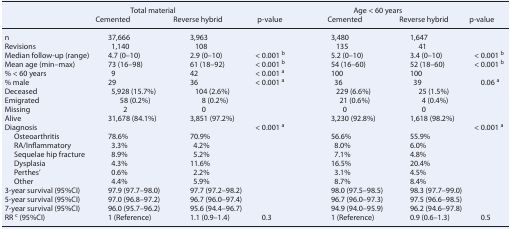
<table><thead><tr><td></td><td colspan="3"><b>Total material</b></td><td colspan="3"><b>Age &lt; 60 years</b></td></tr><tr><td></td><td><b>Cemented</b></td><td><b>Reverse hybrid</b></td><td><b>p-value</b></td><td><b>Cemented</b></td><td><b>Reverse hybrid</b></td><td><b>p-value</b></td></tr></thead><tbody><tr><td>n</td><td>37,666</td><td>3,963</td><td></td><td>3,480</td><td>1,647</td><td></td></tr><tr><td>Revisions</td><td>1,140</td><td>108</td><td></td><td>135</td><td>41</td><td></td></tr><tr><td>Median follow-up (range)</td><td>4.7 (0–10)</td><td>2.9 (0–10)</td><td>&lt; 0.001 <b><sup>b</sup></b></td><td>5.2 (0–10)</td><td>3.4 (0–10)</td><td>&lt; 0.001 <b><sup>b</sup></b></td></tr><tr><td>Mean age (min–max)</td><td>73 (16–98)</td><td>61 (18–92)</td><td>&lt; 0.001 <b><sup>b</sup></b></td><td>54 (16–60)</td><td>52 (18–60)</td><td>&lt; 0.001 <b><sup>b</sup></b></td></tr><tr><td>% &lt; 60 years</td><td>9</td><td>42</td><td>&lt; 0.001 <b><sup>a</sup></b></td><td>100</td><td>100</td><td></td></tr><tr><td>% male</td><td>29</td><td>36</td><td>&lt; 0.001 <b><sup>a</sup></b></td><td>36</td><td>39</td><td>0.06 <b><sup>a</sup></b></td></tr><tr><td>Deceased</td><td>5,928 (15.7%)</td><td>104 (2.6%)</td><td></td><td>229 (6.6%)</td><td>25 (1.5%)</td><td></td></tr><tr><td>Emigrated</td><td>58 (0.2%)</td><td>8 (0.2%)</td><td></td><td>21 (0.6%)</td><td>4 (0.4%)</td><td></td></tr><tr><td>Missing</td><td>2</td><td>0</td><td></td><td>0</td><td>0</td><td></td></tr><tr><td>Alive</td><td>31,678 (84.1%)</td><td>3,851 (97.2%)</td><td></td><td>3,230 (92.8%)</td><td>1,618 (98.2%)</td><td></td></tr><tr><td>Diagnosis</td><td></td><td></td><td>&lt; 0.001 <b><sup>a</sup></b></td><td></td><td></td><td>&lt; 0.001 <b><sup>a</sup></b></td></tr><tr><td> Osteoarthritis</td><td>78.6%</td><td>70.9%</td><td></td><td>56.6%</td><td>55.9%</td><td></td></tr><tr><td> RA/Inflammatory</td><td>3.3%</td><td>4.2%</td><td></td><td>8.0%</td><td>6.0%</td><td></td></tr><tr><td> Sequelae hip fracture</td><td>8.9%</td><td>5.2%</td><td></td><td>7.1%</td><td>4.8%</td><td></td></tr><tr><td> Dysplasia</td><td>4.3%</td><td>11.6%</td><td></td><td>16.5%</td><td>20.4%</td><td></td></tr><tr><td> Perthes&#x27;</td><td>0.6%</td><td>2.2%</td><td></td><td>3.1%</td><td>4.5%</td><td></td></tr><tr><td> Other</td><td>4.4%</td><td>5.9%</td><td></td><td>8.7%</td><td>8.4%</td><td></td></tr><tr><td>3-year survival (95%CI)</td><td>97.9 (97.7–98.0)</td><td>97.7 (97.2–98.2)</td><td></td><td>98.0 (97.5–98.5)</td><td>98.3 (97.7–99.0)</td><td></td></tr><tr><td>5-year survival (95%CI)</td><td>97.0 (96.8–97.2)</td><td>96.7 (96.0–97.4)</td><td></td><td>96.7 (96.0–97.3)</td><td>97.5 (96.6–98.5)</td><td></td></tr><tr><td>7-year survival (95%CI)</td><td>96.0 (95.7–96.2)</td><td>95.6 (94.4–96.7)</td><td></td><td>94.9 (94.0–95.9)</td><td>96.2 (94.6–97.8)</td><td></td></tr><tr><td>RR <b><sup>c</sup></b> (95%CI)</td><td>1 (Reference)</td><td>1.1 (0.9–1.4)</td><td>0.3</td><td>1 (Reference)</td><td>0.9 (0.6–1.3)</td><td>0.5</td></tr></tbody></table>